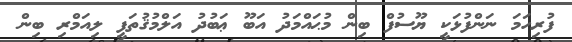
ފުރިހަމަ ނަންފުޅަކީ ޔޫސުފް ބިން މުޙައްމަދު އަބޫ ޢަބުދު އަލްމުޤުތަފީ ލިއަމްރި ބިން